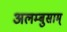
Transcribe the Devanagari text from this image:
अलम्बुसाम्